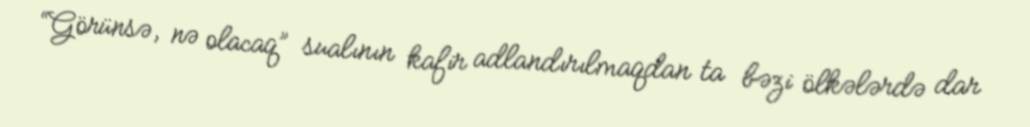
“Görünsə, nə olacaq” sualının kafir adlandırılmaqdan ta bəzi ölkələrdə dar